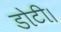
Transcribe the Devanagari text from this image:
डोटी।